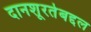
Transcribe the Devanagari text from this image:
दानशूरतेबद्दल